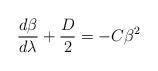
LaTeX: \begin{align*}\frac{d\beta}{d\lambda} + \frac{D}{2}= -C \beta^{2}\end{align*}